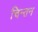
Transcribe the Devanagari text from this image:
चिन्‍तन